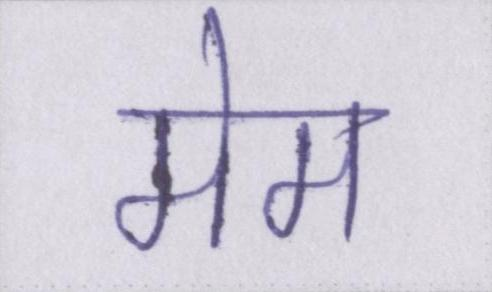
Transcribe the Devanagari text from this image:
मेम